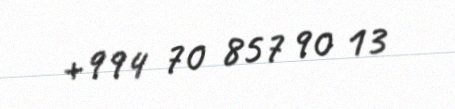
+994 70 857 90 13